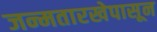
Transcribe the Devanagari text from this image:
जन्मतारखेपासून